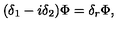
( \delta _ { 1 } - i \delta _ { 2 } ) \Phi = \delta _ { r } \Phi ,